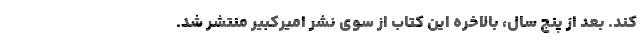
کند. بعد از پنج سال، بالاخره این کتاب از سوی نشر امیرکبیر منتشر شد.